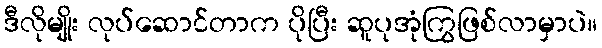
ဒီလိုမျိုး လုပ်ဆောင်တာက ပိုပြီး ဆူပုအုံကြွဖြစ်လာမှာပဲ။